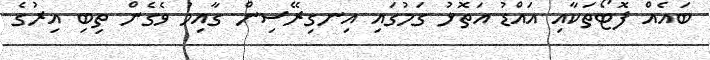
ބައެއް ފޮޓޯތަކާއި އައްޑު އަތޮޅު ގަމުގައި އިނގިރޭސިން ގާއިމު ވެގެން ތިބި އިރުގެ